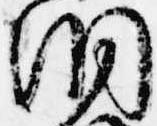
洞